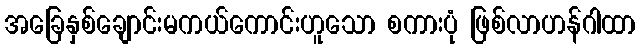
အခြေနှစ်ချောင်းမကယ်ကောင်းဟူသော စကားပုံ ဖြစ်လာဟန်ဂါထာ